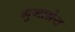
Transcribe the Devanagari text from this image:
गुणाश्रेय